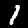
Label: 1